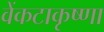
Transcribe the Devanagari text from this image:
वेंकटाकृष्णा